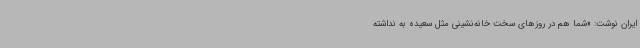
ایران نوشت: «شما هم در روزهای سخت خانه‌نشینی مثل سعیده به نداشته‌